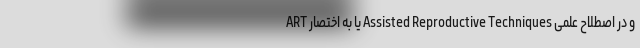
و در اصطلاح علمی Assisted Reproductive Techniques یا به ‌اختصار ART